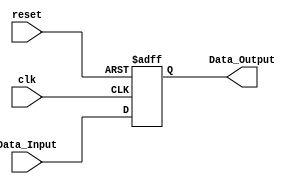

 module Register
#(
	parameter WORD_LENGTH = 8
)

(
	// Input Ports
	input clk,
	input reset,
	input [WORD_LENGTH-1 : 0] Data_Input,

	// Output Ports
	output [WORD_LENGTH-1 : 0] Data_Output
);

reg  [WORD_LENGTH-1 : 0] Data_reg;

always@(posedge clk or negedge reset) begin
	if(reset == 1'b0) 
		Data_reg <= 0;
	else 
		Data_reg <= Data_Input;
end

assign Data_Output = Data_reg;

endmodule